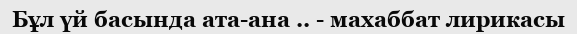
Бұл үй басында ата-ана .. - махаббат лирикасы